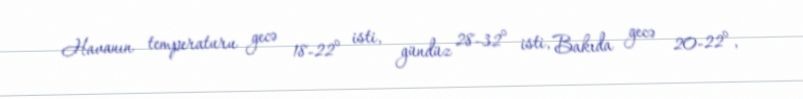
Havanın temperaturu gecə 18-22° isti, gündüz 28-32° isti, Bakıda gecə 20-22°,